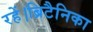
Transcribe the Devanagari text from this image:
रहें।ब्रिटैनिका